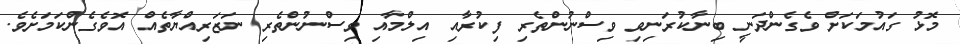
މޮޅު ގައުމަކަށް ވެގެންދަނީ ބިނާކުރަނިވި ވިސްނުންތެރި ފިކުރާއި އިލްމާއި ވިސްނުންތެރި ނަޒަރިއްޔާތެއް އޮވެގެންކަމަށެވެ.